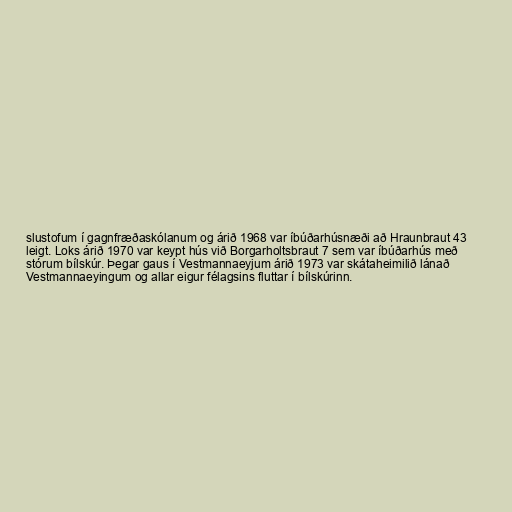
slustofum í gagnfræðaskólanum og árið 1968 var íbúðarhúsnæði að Hraunbraut 43
leigt. Loks árið 1970 var keypt hús við Borgarholtsbraut 7 sem var íbúðarhús með
stórum bílskúr. Þegar gaus í Vestmannaeyjum árið 1973 var skátaheimilið lánað
Vestmannaeyingum og allar eigur félagsins fluttar í bílskúrinn.